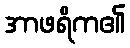
အာဖရိက၏